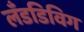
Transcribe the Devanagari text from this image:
लँडडिविग